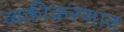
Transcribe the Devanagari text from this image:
व्यक्तीकरणात